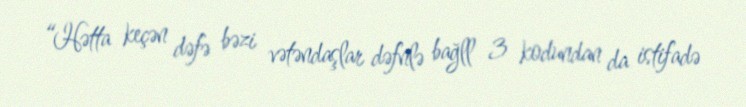
“Hətta keçən dəfə bəzi vətəndaşlar dəfnlə bağll 3 kodundan da istifadə